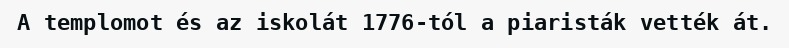
A templomot és az iskolát 1776-tól a piaristák vették át.